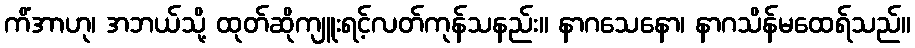
ကိံအာဟု၊ အဘယ်သို့ ထုတ်ဆိုကျူးရင့်လတ်ကုန်သနည်း။ နာဂသေနော၊ နာဂသိန်မထေရ်သည်။